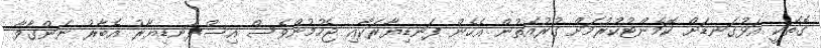
ގޮތަކީ އަޅުގަނޑަށް ކޮމެންޓުކުރުމަށް ގުރުއަތުން އެހެން ފަނޑިޔާރަކާއި ޖެހުމުންވެސް އިސްފަނޑިޔާރު އެބާރު ނަންގާވާ